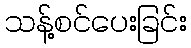
သန့်စင်ပေးခြင်း